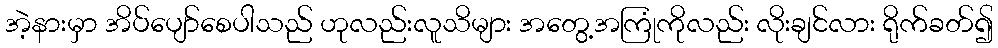
အဲ့နားမှာ အိပ်ပျော်စေပါသည် ဟုလည်းလူသိများ အတွေ့အကြုံကိုလည်း လိုးချင်လား ရိုက်ခတ်၍